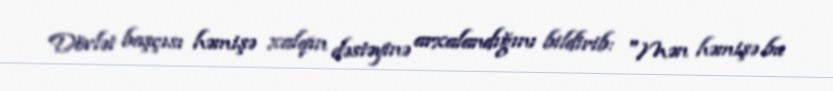
Dövlət başçısı həmişə xalqın dəstəyinə arxalandığını bildirib: "Mən həmişə bu